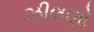
ઝીલણો